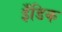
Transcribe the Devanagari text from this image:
इँडिक